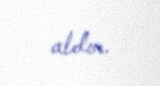
aldım.